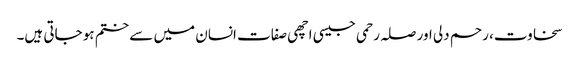
سخاوت، رحم دلی اور صلہ رحمی جیسی اچھی صفات انسان میں سے ختم ہو جاتی ہیں۔